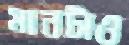
মানটাও